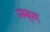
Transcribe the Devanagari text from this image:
म्म्ह्ग